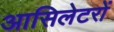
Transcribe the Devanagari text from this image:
आसिलेटरों